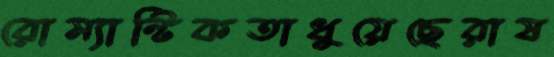
রোম্যান্টিকতাধুয়েছেরাষ